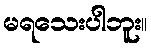
မရသေးပါဘူး။